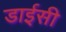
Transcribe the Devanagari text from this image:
डाईसी